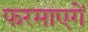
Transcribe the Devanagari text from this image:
फरमाएगें